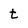
Character: t